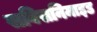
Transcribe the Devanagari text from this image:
सविसनिमाइड